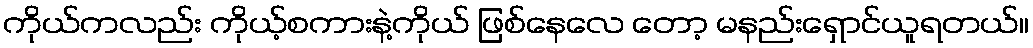
ကိုယ်ကလည်း ကိုယ့်စကားနဲ့ကိုယ် ဖြစ်နေလေ တော့ မနည်းရှောင်ယူရတယ်။